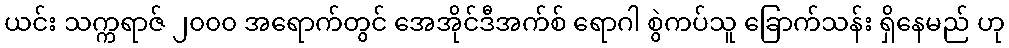
ယင်း သက္ကရာဇ် ၂၀၀၀ အရောက်တွင် အေအိုင်ဒီအက်စ် ရောဂါ စွဲကပ်သူ ခြောက်သန်း ရှိနေမည် ဟု